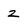
Character: 2